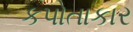
કપોતાકાર